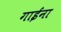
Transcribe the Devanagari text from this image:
गाईंना